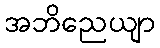
အဘိညေယျာ